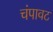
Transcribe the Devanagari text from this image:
चंपावट